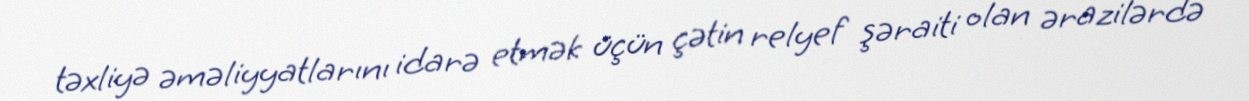
təxliyə əməliyyatlarını idarə etmək üçün çətin relyef şəraiti olan ərazilərdə